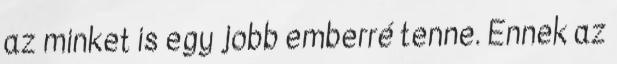
az minket is egy jobb emberré tenne. Ennek az